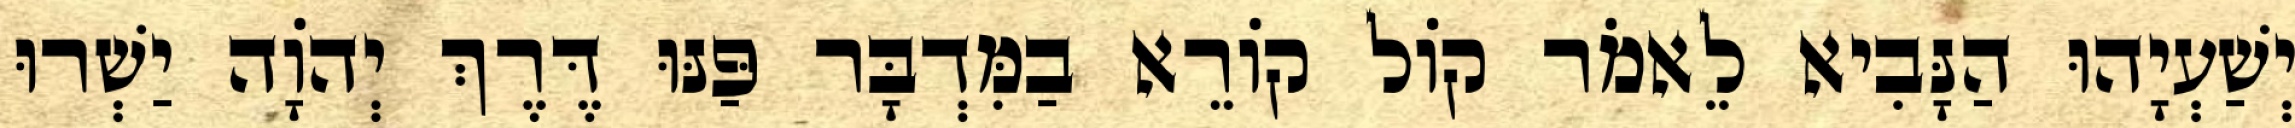
יְשַׁעְיָהוּ הַנָּבִיא לֵאמֹר קוֹל קוֹרֵא בַמִּדְבָּר פַּנּוּ דֶּרֶךְ יְהוָֹה יַשְׁרוּ